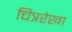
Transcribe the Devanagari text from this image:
चित्ररेखा